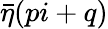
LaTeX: \bar{\eta}(pi+q)